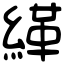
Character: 緙